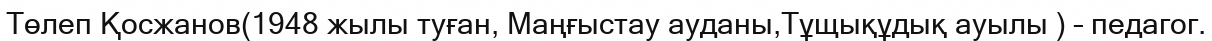
Төлеп Қосжанов(1948 жылы туған, Маңғыстау ауданы,Тұщықұдық ауылы ) – педагог.